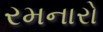
રમનારો